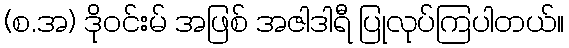
(စ.အ) ဒိုဝင်းမ် အဖြစ် အဇါဒါရီ ပြုလုပ်ကြပါတယ်။